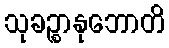
သုခဉ္စာနုဘောတိ